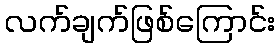
လက်ချက်ဖြစ်ကြောင်း